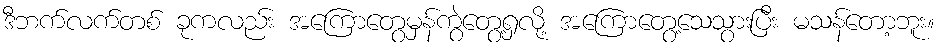
ဒီဘက်လက်တစ် ခုကလည်း အကြောတွေမှန်ကွဲတွေ့ရှလို့ အကြောတွေ့သေသွားပြီး မသန်တော့ဘူး။